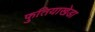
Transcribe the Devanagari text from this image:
फुतियाखेडा